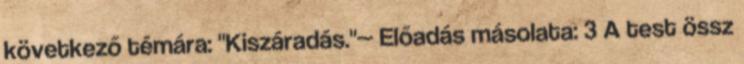
következő témára: "Kiszáradás."— Előadás másolata: 3 A test össz